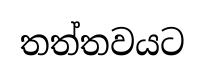
තත්තවයට